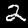
Digit: 2